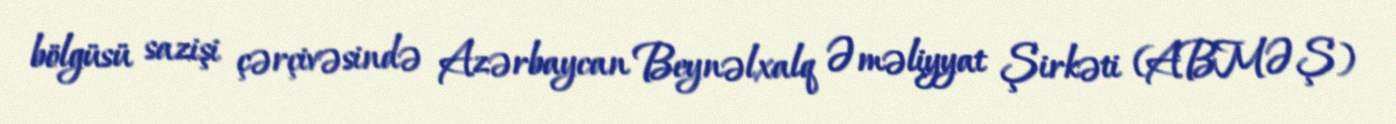
bölgüsü sazişi çərçivəsində Azərbaycan Beynəlxalq Əməliyyat Şirkəti (ABMƏŞ)